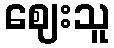
ဈေးသူ